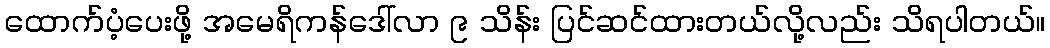
ထောက်ပံ့ပေးဖို့ အမေရိကန်ဒေါ်လာ ၉ သိန်း ပြင်ဆင်ထားတယ်လို့လည်း သိရပါတယ်။